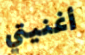
أغنيتي